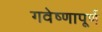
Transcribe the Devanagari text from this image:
गवेष्णापूर्ण